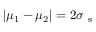
| \mu _ { 1 } - \mu _ { 2 } | = 2 \sigma _ { \mathrm { ~ s ~ } }